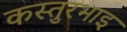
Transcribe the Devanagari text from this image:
कस्तुरभाइ